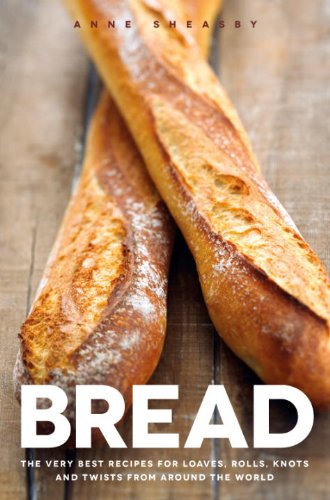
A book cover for Bread: The very best recipes for loaves, rolls, knots and twists from around the world; Anne Sheasby; Cookbooks, Food & Wine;